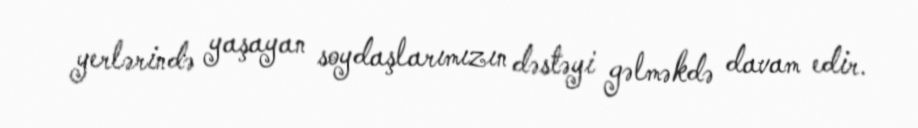
yerlərində yaşayan soydaşlarımızın dəstəyi gəlməkdə davam edir.